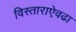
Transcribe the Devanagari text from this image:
विस्ताराऐवढा